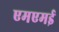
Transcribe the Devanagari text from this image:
एमएमई